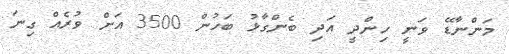
މަންނާޑޭ ވަނީ ހިންދީ އަދި ބެންގާޅު ބަހުން 3500 އަށް ވުރެއް ގިނަ